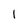
Character: I